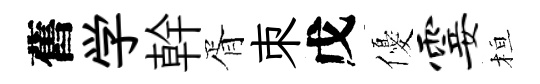
舊学幹胥朿戊優霎桓